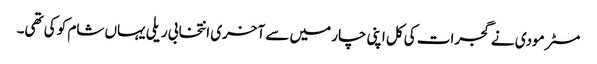
مسٹر مودی نے گجرات کی کل اپنی چار میں سے آخری انتخابی ریلی یہاں شام کو کی تھی۔